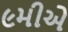
૯મીએ